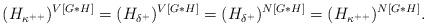
LaTeX: \begin{align*}(H_{\kappa^{++}})^{V[G*H]} = (H_{\delta^+})^{V[G*H]} =(H_{\delta^+})^{N[G*H]} = (H_{\kappa^{++}})^{N[G*H]}.\end{align*}